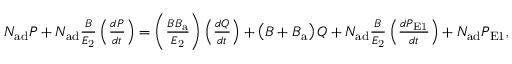
\begin{array} { r } { N _ { \mathrm { a d } } P + N _ { \mathrm { a d } } \frac { B } { E _ { \mathrm { 2 } } } \left( \frac { d P } { d t } \right) = \left( \frac { B B _ { \mathrm { a } } } { E _ { \mathrm { 2 } } } \right) \left( \frac { d Q } { d t } \right) + \left( B + B _ { \mathrm { a } } \right) Q + N _ { \mathrm { a d } } \frac { B } { E _ { \mathrm { 2 } } } \left( \frac { d P _ { \mathrm { E 1 } } } { d t } \right) + N _ { \mathrm { a d } } P _ { \mathrm { E 1 } } , } \end{array}